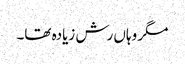
مگر وہاں رش زیادہ تھا۔